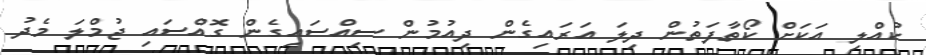
ކުއްލި އަކަށް ކޯތާފަތުން ދިލަ އަރައިގެން ދިއުމުން ސިއްސައިގެން ގޮއްސައި ޖުމްލަ މެދު